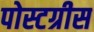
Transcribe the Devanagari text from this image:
पोस्टग्रीस